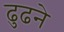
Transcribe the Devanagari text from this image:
ढुढने